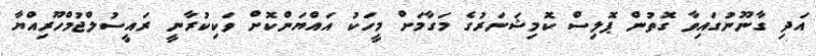
އަދި ގާނޫނުގައިވާ ގޮތުން ޕޮލިސް ކޮމިޝަނަރުގެ މަގާމަށް މީހަކު އައްޔަންކޮށް ވަކިކުރާނީ ރައީސުލްޖުމްހޫރިއްޔާ